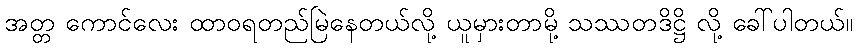
အတ္တ ကောင်လေး ထာဝရတည်မြဲနေတယ်လို့ ယူမှားတာမို့ သဿတဒိဋ္ဌိ လို့ ခေါ်ပါတယ်။